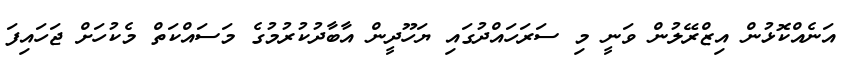
އަނެއްކޮޅުން އިޒްރޭލުން ވަނީ މި ސަރަހައްދުގައި ޔަހޫދީން އާބާދުކުރުމުގެ މަސައްކަތް މެކުހަށް ޖަހައިފަ